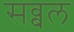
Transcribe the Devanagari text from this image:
सव्बल